system: You are a helpful assistant.
user:
Analyze the provided spectrum to determine if it is a **M-type Giant (gM)**.

A M-type Giant spectrum is defined by its **strong molecular absorption** features, particularly from **Titanium Oxide (TiO)**. You must check for one of the following mutually exclusive signatures:

- **Key Visual Indicators (Absorption-Dominated Spectrum):**

    - **(Primary):** The spectrum is dominated by strong molecular absorption from **Titanium Oxide (TiO)**. This is the **defining feature** of its M-type temperature class.
        - **(Key Bandheads):** Look for sharp, "saw-tooth" absorption valleys. The strongest are located near **~7050 Å**, **~6160 Å**, and **~5170 Å**.
        - **(Line Profile):** The "saw-tooth" morphology is critical: a **sharp, steep drop on the BLUE (short-wavelength) side** of the bandhead, followed by a gradual recovery (rising flux) towards the RED (long-wavelength) side.

    - **(Key Confirmation - Giant vs. Dwarf):** **ABSENCE** of strong **Calcium Hydride (CaH)** molecular bands. This is the primary diagnostic for *excluding* M-dwarfs.
        - **(Key Region):** The spectrum should lack the strong, broad absorption band seen in dwarfs between **~6800 Å and ~7000 Å**.

    - **(Secondary Confirmation - Giant):** A very strong and broad **Neutral Calcium (Ca I)** atomic absorption line.
        - **(Key Line):** Located at **~4226 Å**. In a giant (gM), this line is significantly deeper and broader than the same line in an M-dwarf (dM) due to low surface gravity.

    - **(Overall Spectrum):**
        - The continuum is **extremely red-sloping** (i.e., flux is very low in the blue and rises dramatically towards the red).
        - The entire spectrum appears "chopped up" by the deep TiO bands.

Think first, call **spectral_visualization_tool** if needed to examine features in detail, then provide your final answer. Your response must adhere to the following strict rules:
1.  **Overall Structure:** Your response must follow the format `<think>...</think> <tool_call>...</tool_call> (if a tool is used) <answer>...</answer>`.
2.  **Tool Usage Constraint:** You may only make **one** tool call per turn.
3.  **Final Answer Format:** In the `<answer>` tag, your conclusion must be inside a `\boxed{}` command (e.g., `\boxed{YES}` or `\boxed{NO}`), followed by your justification.

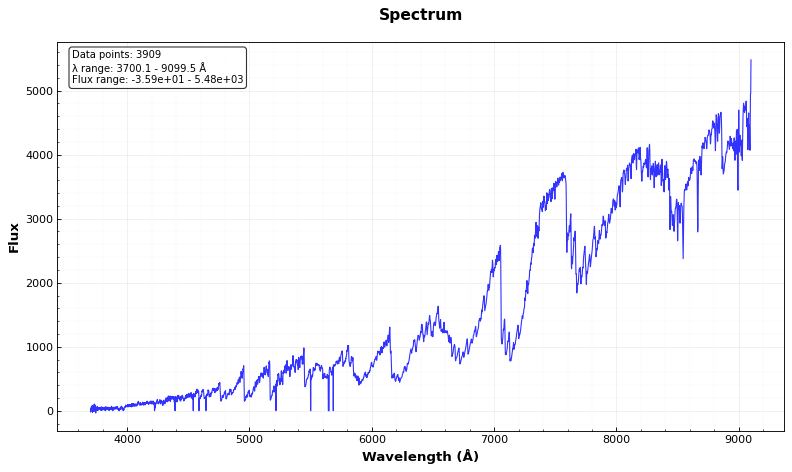
Answer: YES